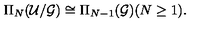
\Pi _ { N } ( { \cal U } / { \cal G } ) \cong \Pi _ { N - 1 } ( { \cal G } ) ( N \geq 1 ) .